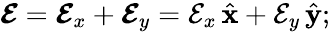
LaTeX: \boldsymbol{\mathcal{E}}=\boldsymbol{\mathcal{E}}_{x}+\boldsymbol{\mathcal{E}}_{y}=\mathcal{E}_{x}\, \hat{\mathbf{x}}+\mathcal{E}_{y}\, \hat{\mathbf{y}};